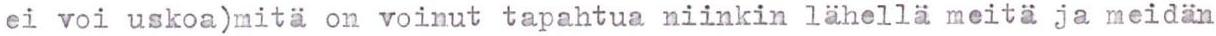
ei voi uskoa)mitä on voinut tapahtua niinkin lähellä meitä ja meidän